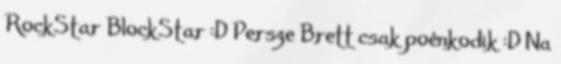
RockStar BlockStar :D Persze Brett csak poénkodik :D Na